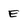
Character: e